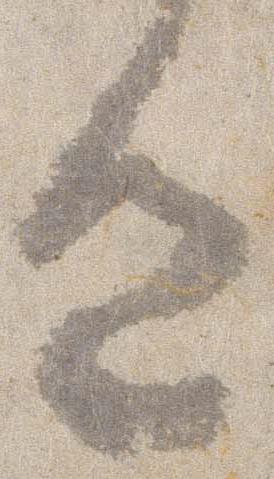
色